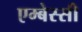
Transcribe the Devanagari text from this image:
एम्बेस्सी